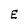
Character: E